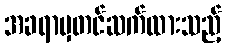
အခရာမှတင်ဆက်ထားသည့်